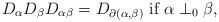
LaTeX: \begin{align*}D_\alpha D_\beta D_{\alpha\beta}=D_{\partial(\alpha,\beta)}\mbox{ if }\alpha\perp_0\beta,\end{align*}